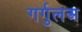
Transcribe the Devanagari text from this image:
गर्गुलअ